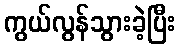
ကွယ်လွန်သွားခဲ့ပြီး